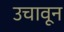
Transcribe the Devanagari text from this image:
उचावून